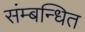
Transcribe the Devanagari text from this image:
संम्बन्धित